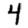
Digit: 4